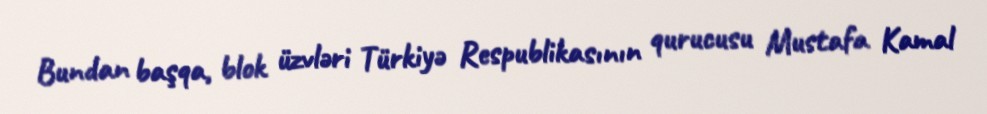
Bundan başqa, blok üzvləri Türkiyə Respublikasının qurucusu Mustafa Kamal